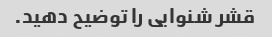
قشر شنوایی را توضیح دهید.